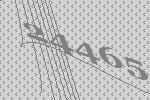
24465